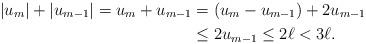
LaTeX: \begin{align*}|u_m|+|u_{m-1}|=u_m+u_{m-1}&=(u_m-u_{m-1})+2u_{m-1} \\ &\leq 2u_{m-1} \leq 2\ell <3\ell.\end{align*}